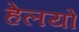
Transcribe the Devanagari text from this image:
हेलयो